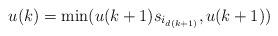
LaTeX: \begin{align*}u(k) = \min (u(k+1) s_{i_{d(k+1)}}, u(k+1))\end{align*}